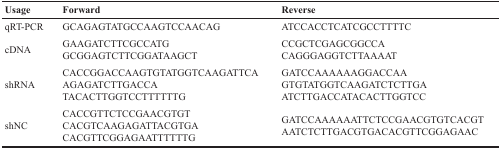
| Usage | Forward | Reverse |
 | --- | --- | --- |
 | qRT-PCR | GCAGAGTATGCCAAGTCCAACAG | ATCCACCTCATCGCCTTTTC |
 | cDNA | GAAGATCTTCGCCATG GCGGAGTCTTCGGATAAGCT | CCGCTCGAGCGGCCA CAGGGAGGTCTTAAAAT |
 | shRNA | CACCGGACCAAGTGTATGGTCAAGATTCA AGAGATCTTGACCA TACACTTGGTCCTTTTTTG | GATCCAAAAAAGGACCAA GTGTATGGTCAAGATCTCTTGA ATCTTGACCATACACTTGGTCC |
 | shNC | CACCGTTCTCCGAACGTGT CACGTCAAGAGATTACGTGA CACGTTCGGAGAATTTTTTG | GATCCAAAAAATTCTCCGAACGTGTCACGT AATCTCTTGACGTGACACGTTCGGAGAAC |